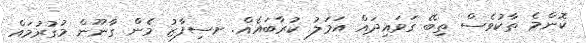
ކޮންމެ ތާކުވެސް ތިބޭ ގަވައިދައް އަމަލު ކުރާބައެއް. ށސިފާޒު މެން ގާނޫން މުގުރުމައް